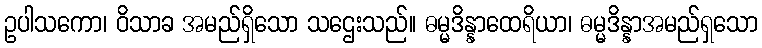
ဥပါသကော၊ ဝိသာခ အမည်ရှိသော သဌေးသည်။ ဓမ္မဒိန္နာထေရိယာ၊ ဓမ္မဒိန္နာအမည်ရှသော